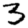
Digit: 3